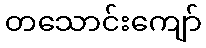
တသောင်းကျော်